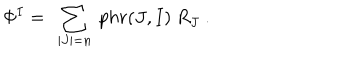
\Phi ^ { I } = \ \sum _ { | J | = n } \ p h r ( J , I ) \ R _ { J } \ .